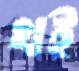
খই